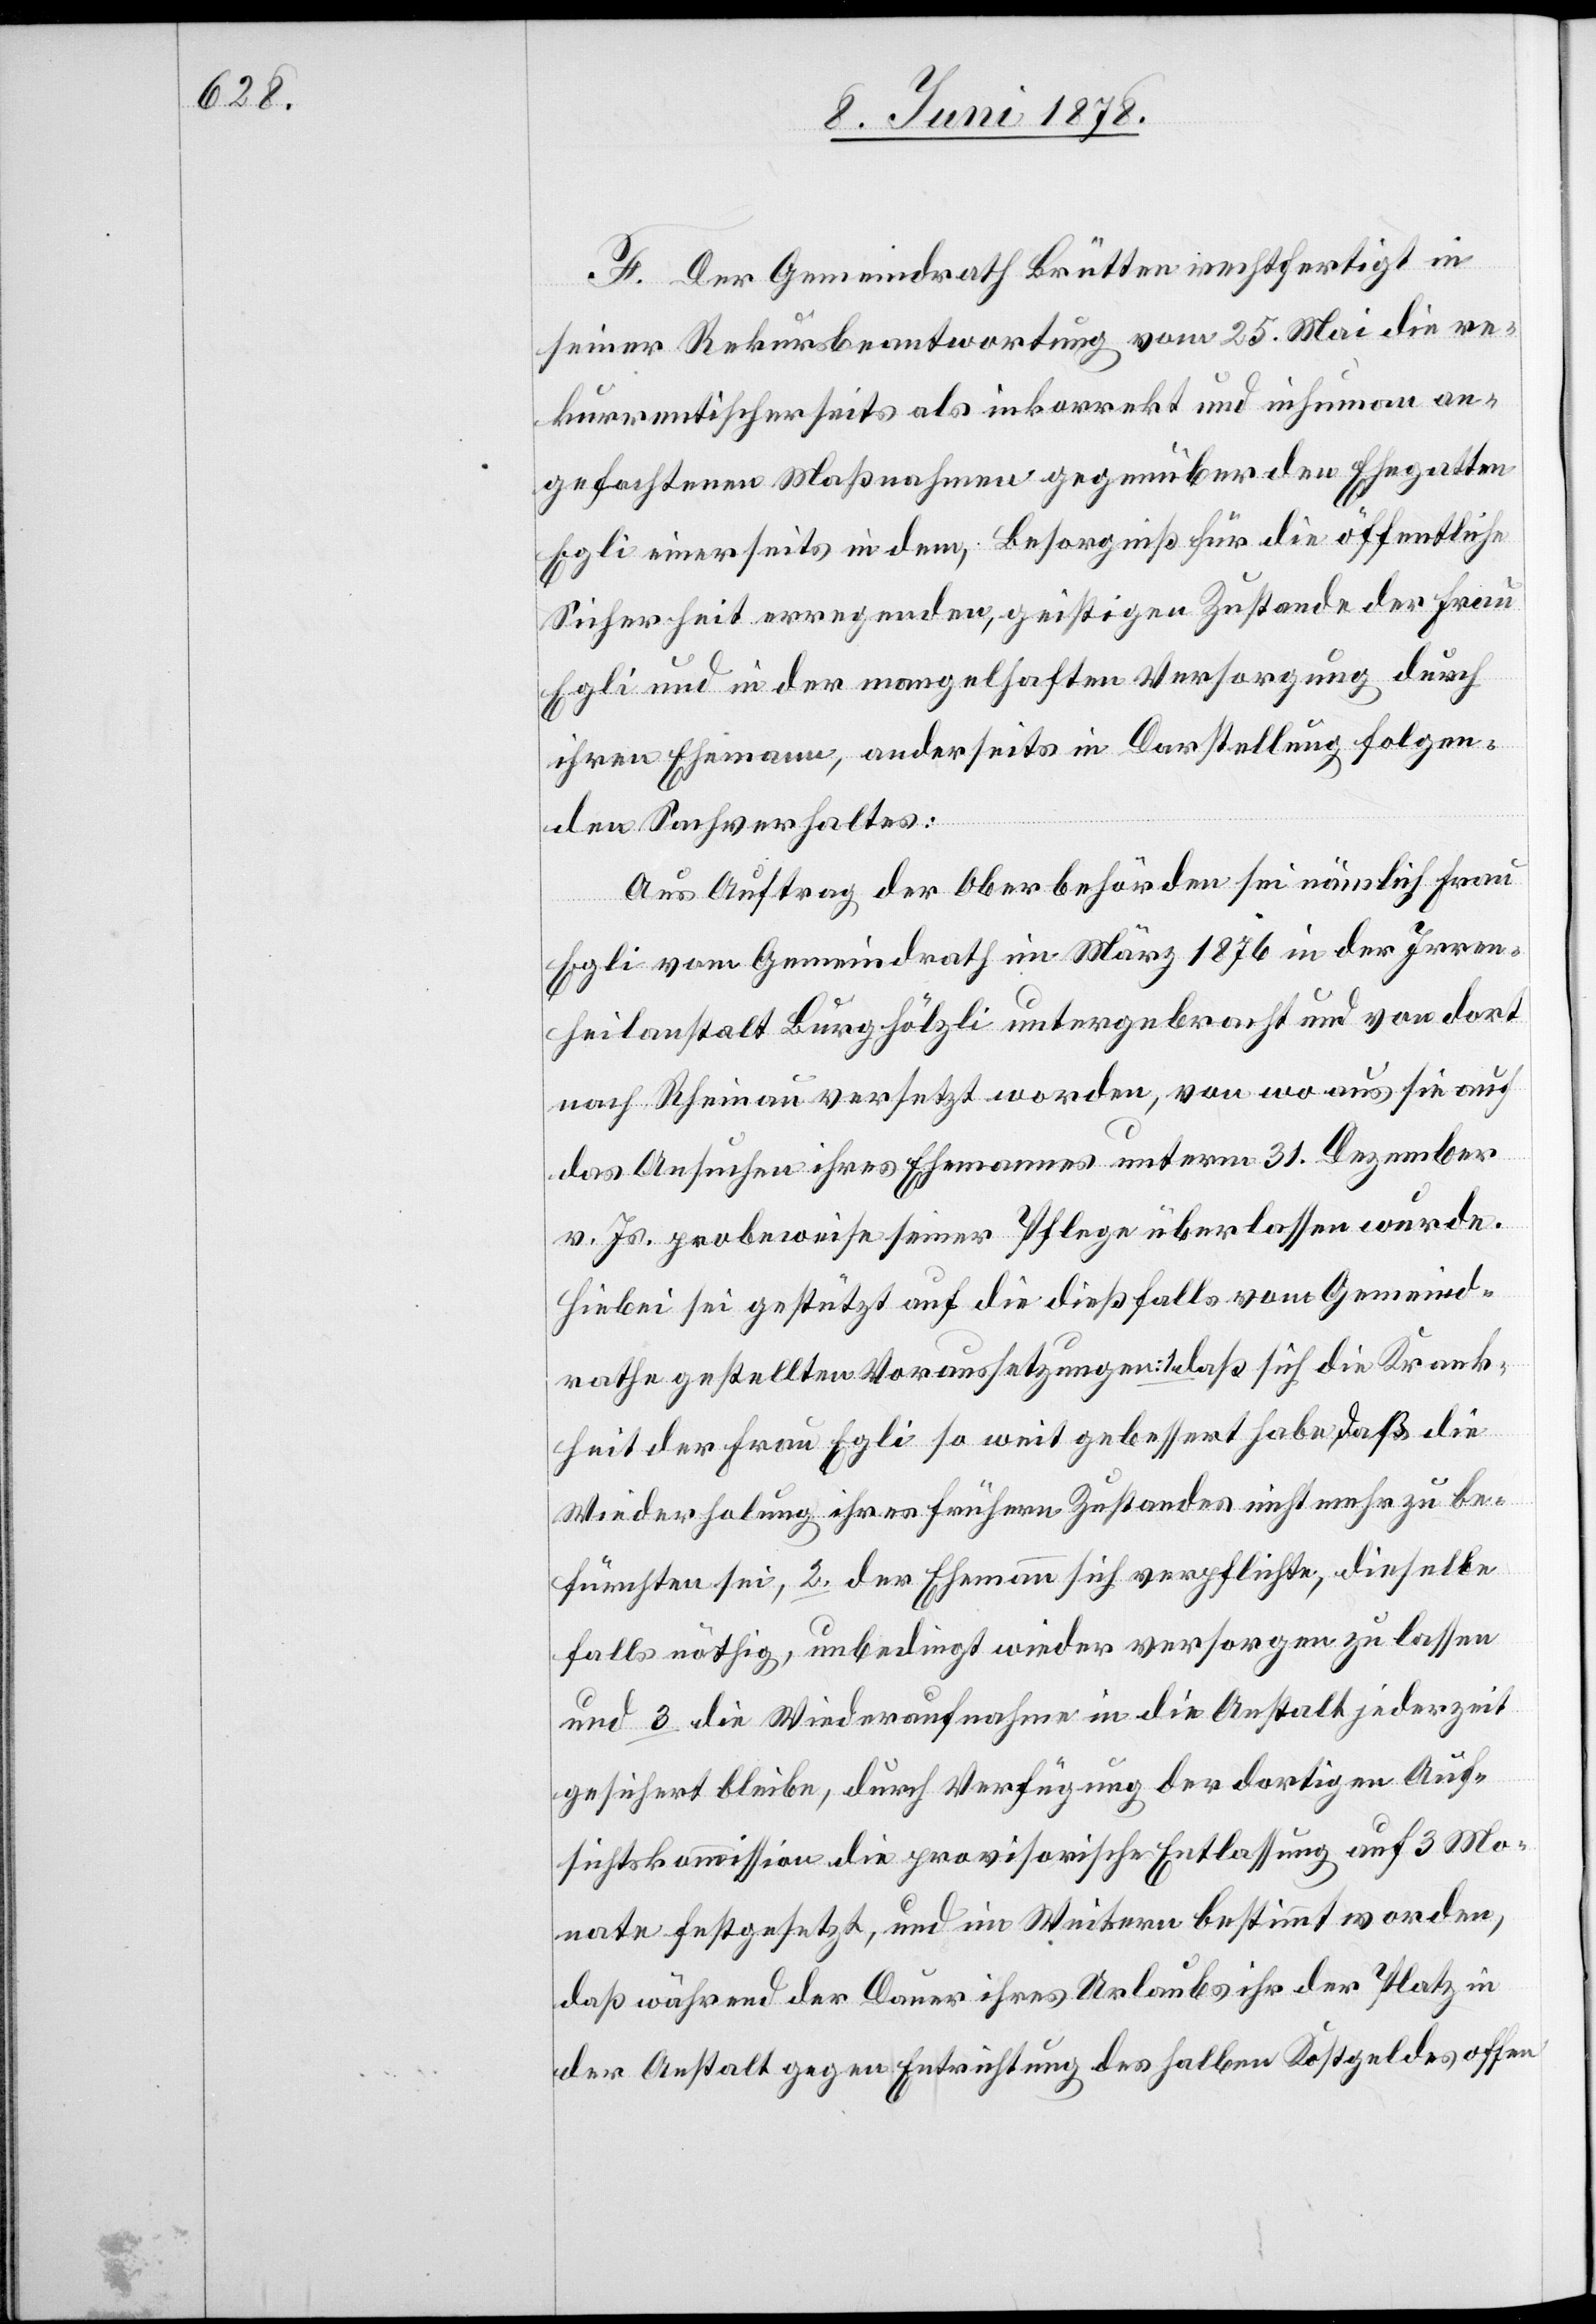
F. Der Gemeindrath Brütten rechtfertigt in
seiner Rekursbeantwortung vom 25. Mai die re¬
kurrentischerseits als inkorrekt und inhuman an¬
gefochtenen Maßnahmen gegenüber den Ehegatten
Egli einerseits in dem Besorgniß für die öffentliche
Sicherheit erregenden, geistigen Zustande der Frau
Egli und in der mangelhaften Versorgung durch
ihren Ehemann, anderseits in Darstellung folgen¬
den Sachverhaltes:
Aus Auftrag der Oberbehörden sei nämlich Frau
Egli vom Gemeindrath im März 1876 in der Irren¬
heilanstalt Burghölzli untergebracht und von dort
nach Rheinau versetzt worden, von wo aus sie auf
das Ansuchen ihres Ehemannes unterm 31. Dezember
v. Js. probeweise seiner Pflege überlassen wurde.
Hiebei sei gestützt auf die dießfalls vom Gemeind¬
rathe gestellten Voraussetzungen: 1. daß sich die Krank¬
heit der Frau Egli so weit gebessert habe, daß die
Wiederholung ihres frühern Zustandes nicht mehr zu be¬
fürchten sei, 2. der Ehemann sich verpflichte, dieselbe
falls nöthig, unbedingt wieder versorgen zu lassen
und 3. die Wiederaufnahme in die Anstalt jederzeit
gesichert bleibe, durch Verfügung der dortigen Auf¬
sichtskommission die provisorische Entlassung auf 3 Mo¬
nate festgesetzt, und im Weitern bestimmt worden,
daß während der Dauer ihres Urlaubs ihr der Platz in
der Anstalt gegen Entrichtung des halben Kostgeldes offen